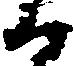
候